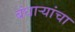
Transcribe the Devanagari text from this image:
बंधाऱ्यांचा